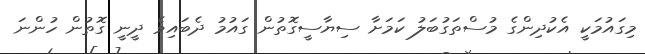
މިގައުމަކީ އެކުދިންގެ މުސްތަގުބަލު ކަމަށާ ސިޔާސީގޮތުން ގައުމު ދެބައިވެ ދީނީ ގޮތުން ހުންނަ